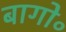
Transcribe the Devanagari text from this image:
बागो॰